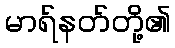
မာရ်နတ်တို့၏